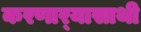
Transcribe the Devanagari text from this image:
करणार्‍यासाथी